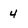
Character: 4